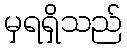
မှရရှိသည်